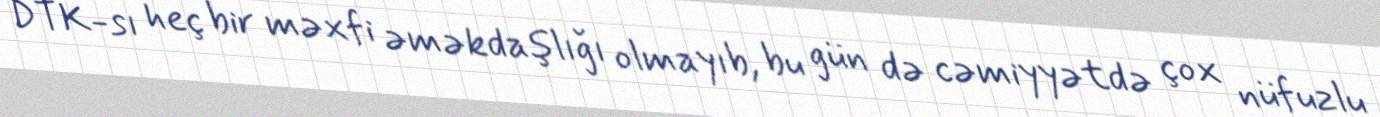
DTK-sı heç bir məxfi əməkdaşlığı olmayıb, bu gün də cəmiyyətdə çox nüfuzlu